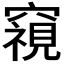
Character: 𮄚